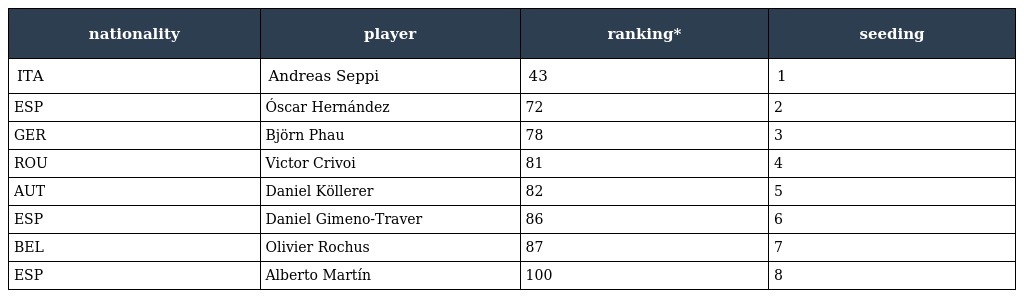
| nationality | player | ranking* | seeding |
 | --- | --- | --- | --- |
 | ITA | Andreas Seppi | 43 | 1 |
 | ESP | Óscar Hernández | 72 | 2 |
 | GER | Björn Phau | 78 | 3 |
 | ROU | Victor Crivoi | 81 | 4 |
 | AUT | Daniel Köllerer | 82 | 5 |
 | ESP | Daniel Gimeno-Traver | 86 | 6 |
 | BEL | Olivier Rochus | 87 | 7 |
 | ESP | Alberto Martín | 100 | 8 |